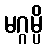
မဂ္ဂမ္ပိ